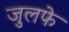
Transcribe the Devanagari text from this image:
जुलफे